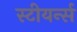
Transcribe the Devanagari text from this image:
स्टीयर्न्स